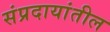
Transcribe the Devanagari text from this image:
संप्रदायांतील